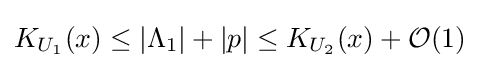
K_{U_{1}}(x)\leq |\Lambda _{1}|+|p|\leq K_{U_{2}}(x)+{\mathcal {O}}(1)